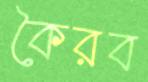
কৈরব